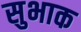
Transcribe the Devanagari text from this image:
सुभाक